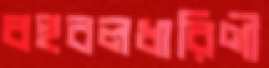
বহুবলধারিণী